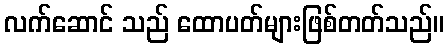
လက်ဆောင် သည် ထောပတ်များဖြစ်တတ်သည်။